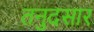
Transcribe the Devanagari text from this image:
तनुदसार